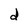
Character: d